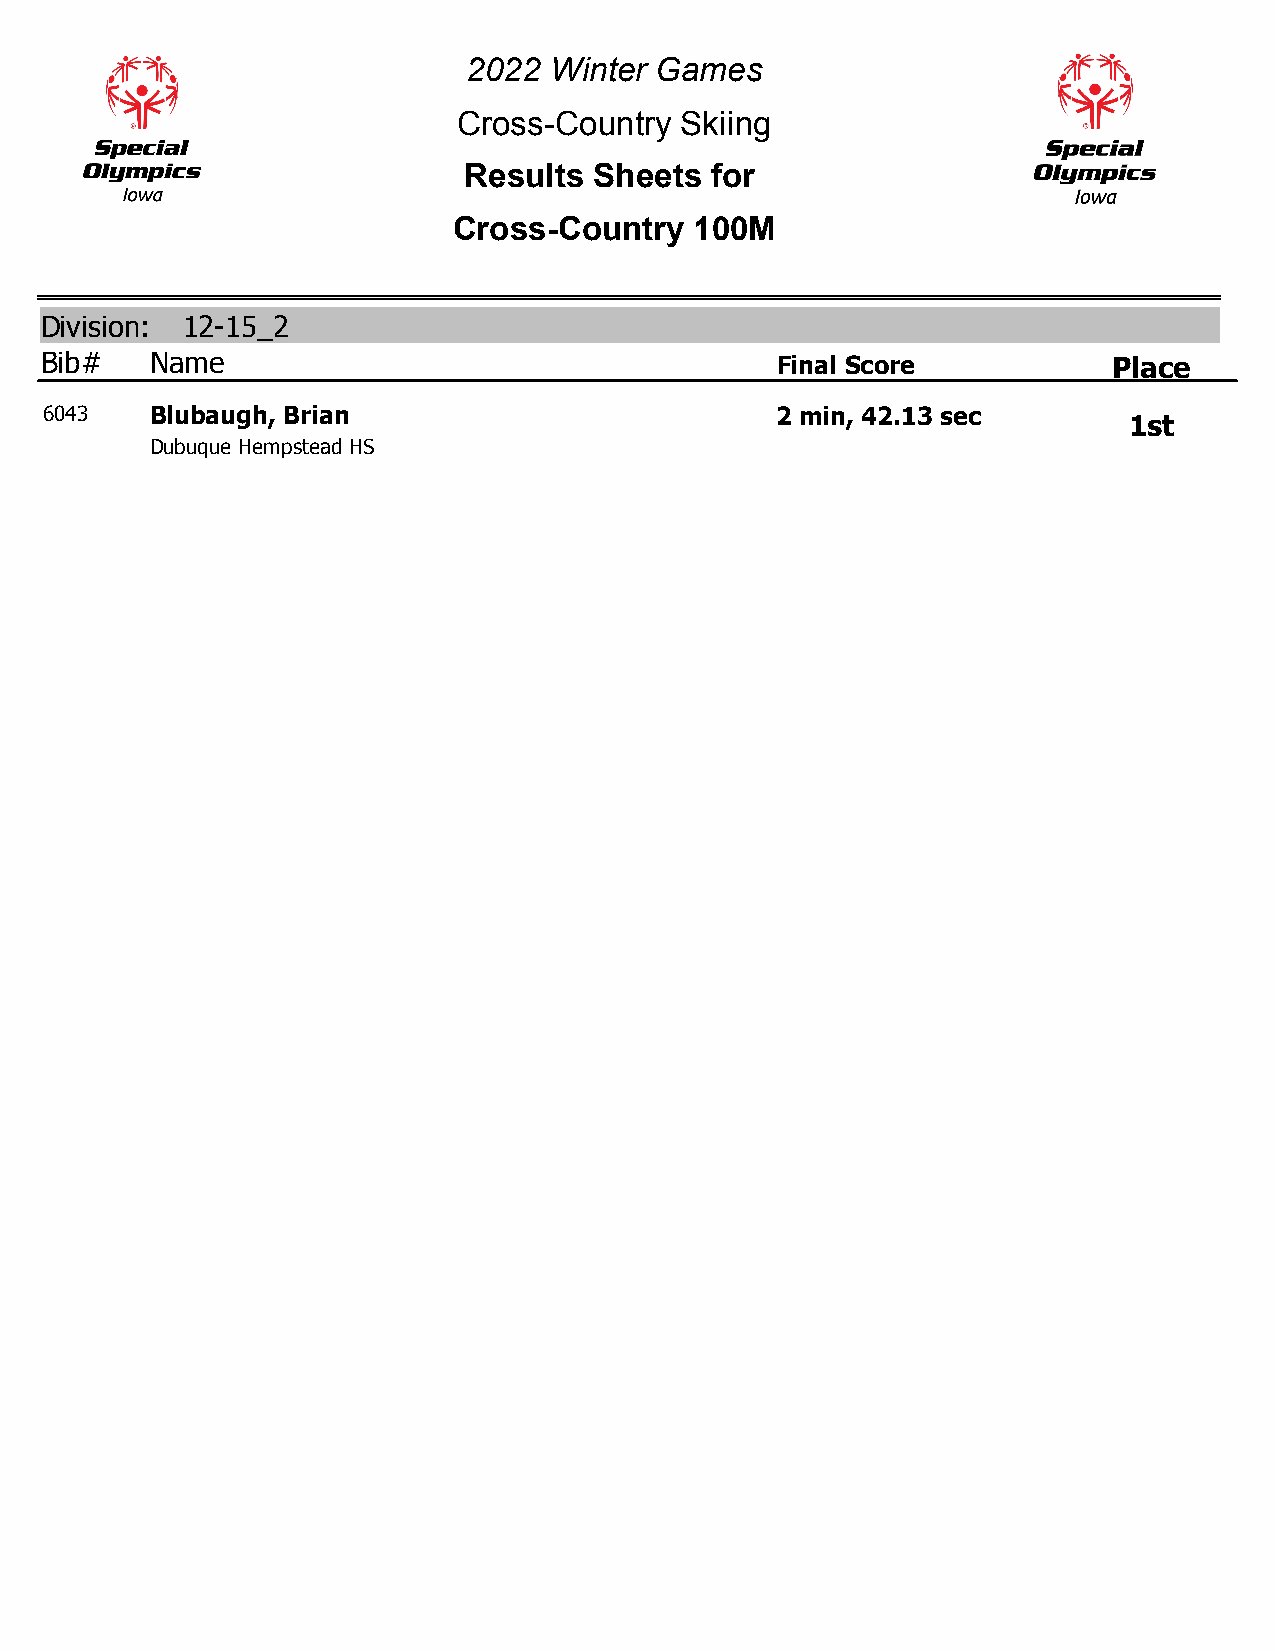
2022 Winter Games
 Cross-Country  Skiing
 Results Sheets  for
 Cross-Country   100M
 Division: 12-15_2
 Bib#   Name                                     Final Score            Place
 6043   Blubaugh, Brian                          2 min, 42.13 sec
 1st
 Dubuque Hempstead HS